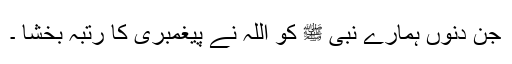
جن دنوں ہمارے نبی ﷺ کو اللہ نے پیغمبری کا رتبہ بخشا ۔